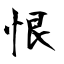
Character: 恨